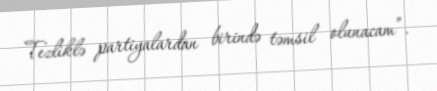
Tezliklə partiyalardan birində təmsil olunacam”.